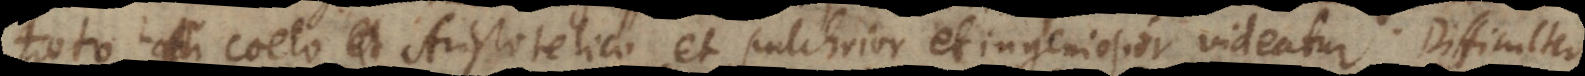
toto coelo Aristotelico et pulchrior et ingeniosior videatur. Difficulter